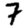
Digit: 7